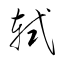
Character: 軾